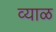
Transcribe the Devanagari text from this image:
व्याळ